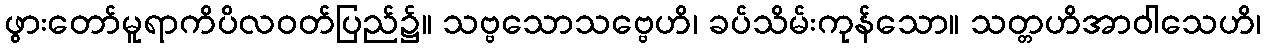
ဖွားတော်မူရာကိပိလဝတ်ပြည်၌။ သဗ္ဗသောသဗ္ဗေဟိ၊ ခပ်သိမ်းကုန်သော။ သတ္တဟိအာဝါသေဟိ၊